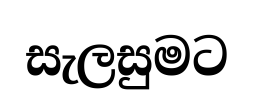
සැලසුමට